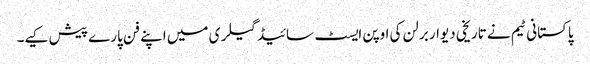
پاکستانی ٹیم نے تاریخی دیوار برلن کی اوپن ایسٹ سائیڈ گیلری میں اپنے فن پارے پیش کیے۔